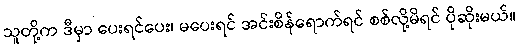
သူတို့က ဒီမှာ ပေးရင်ပေး၊ မပေးရင် အင်းစိန်ရောက်ရင် စစ်လို့မိရင် ပိုဆိုးမယ်။